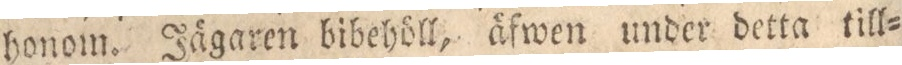
honom. Jägaren bibehöll, äfwen under detta till=